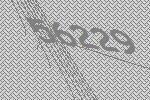
56229